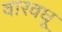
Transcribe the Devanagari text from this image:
वारवधू